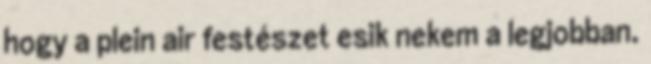
hogy a plein air festészet esik nekem a legjobban.